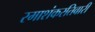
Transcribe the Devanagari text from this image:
रमाशंकरतिवारी